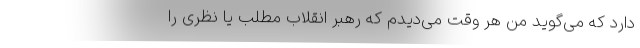
دارد که می‌گوید من هر وقت می‌دیدم که رهبر انقلاب مطلب یا نظری را